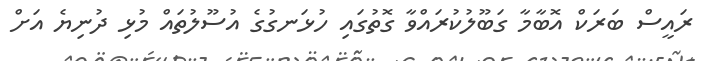
ރައީސް ބަރަކް އޮބާމާ ގަބޫލުކުރައްވާ ގޮތުގައި ހުޅަނގުގެ އުސޫލުތައް މުޅި ދުނިޔެ އަށް